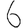
Digit: 6